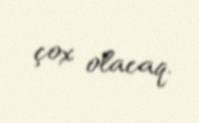
çox olacaq.